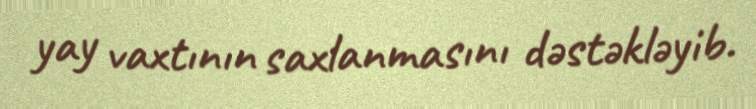
yay vaxtının saxlanmasını dəstəkləyib.